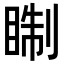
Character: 𥇕